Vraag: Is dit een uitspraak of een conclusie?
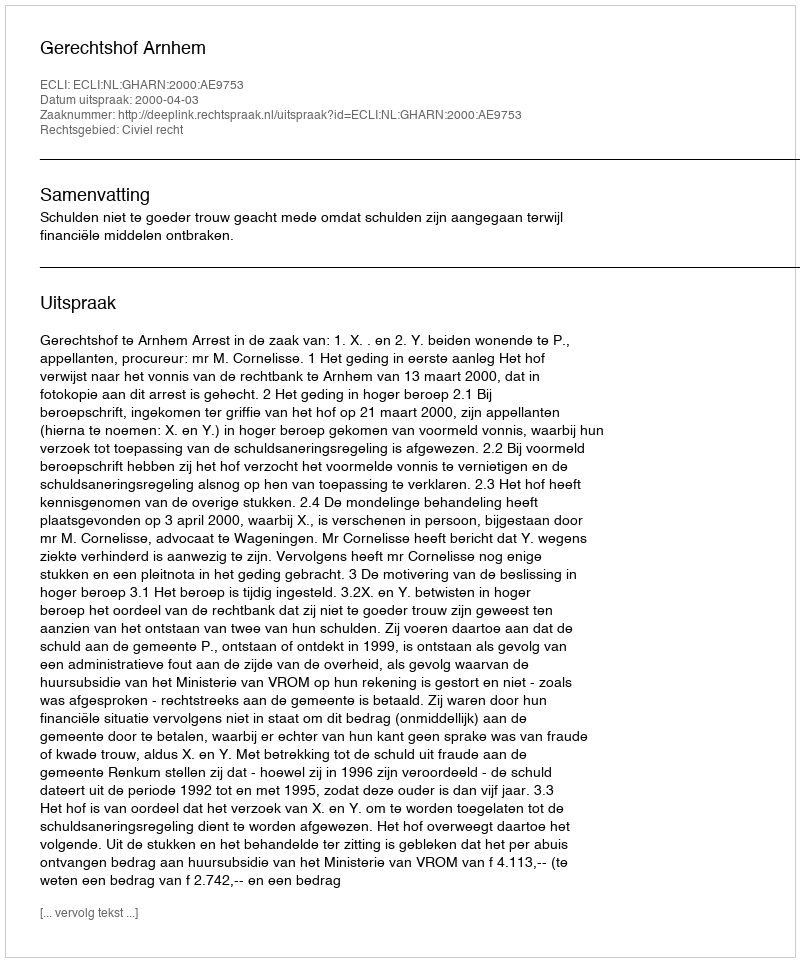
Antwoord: Uitspraak